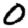
Digit: 0